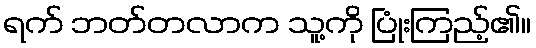
ရက် ဘတ်တလာက သူ့ကို ပြုံးကြည့်၏။